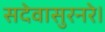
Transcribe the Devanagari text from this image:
सदेवासुरनरे।